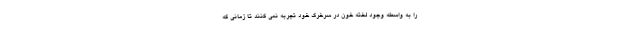
را به واسطه وجود لخته خون در سرخرگ خود تجربه نمی کنند تا زمانی که